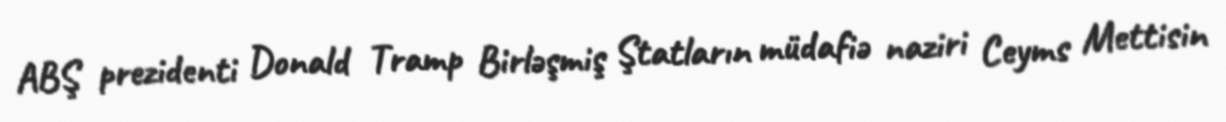
ABŞ prezidenti Donald Tramp Birləşmiş Ştatların müdafiə naziri Ceyms Mettisin